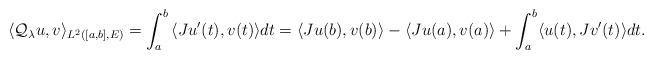
LaTeX: \begin{align*}\langle\mathcal{Q}_\lambda u,v\rangle_{L^2([a,b],E)}&=\int^b_a{\langle Ju'(t),v(t)\rangle dt}=\langle Ju(b),v(b)\rangle-\langle Ju(a),v(a)\rangle+\int^b_a\langle u(t),Jv'(t)\rangle dt.\end{align*}